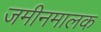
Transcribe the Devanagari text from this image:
जमीनमालक